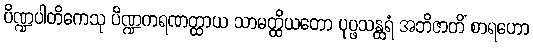
ပိဏ္ဍပါတိကေသု ပိဏ္ဍကရဏတ္ထာယ သာမတ္ထိယတော ပုပ္ဖသန္ထရံ အဘိဇာတိံ စာရဟော